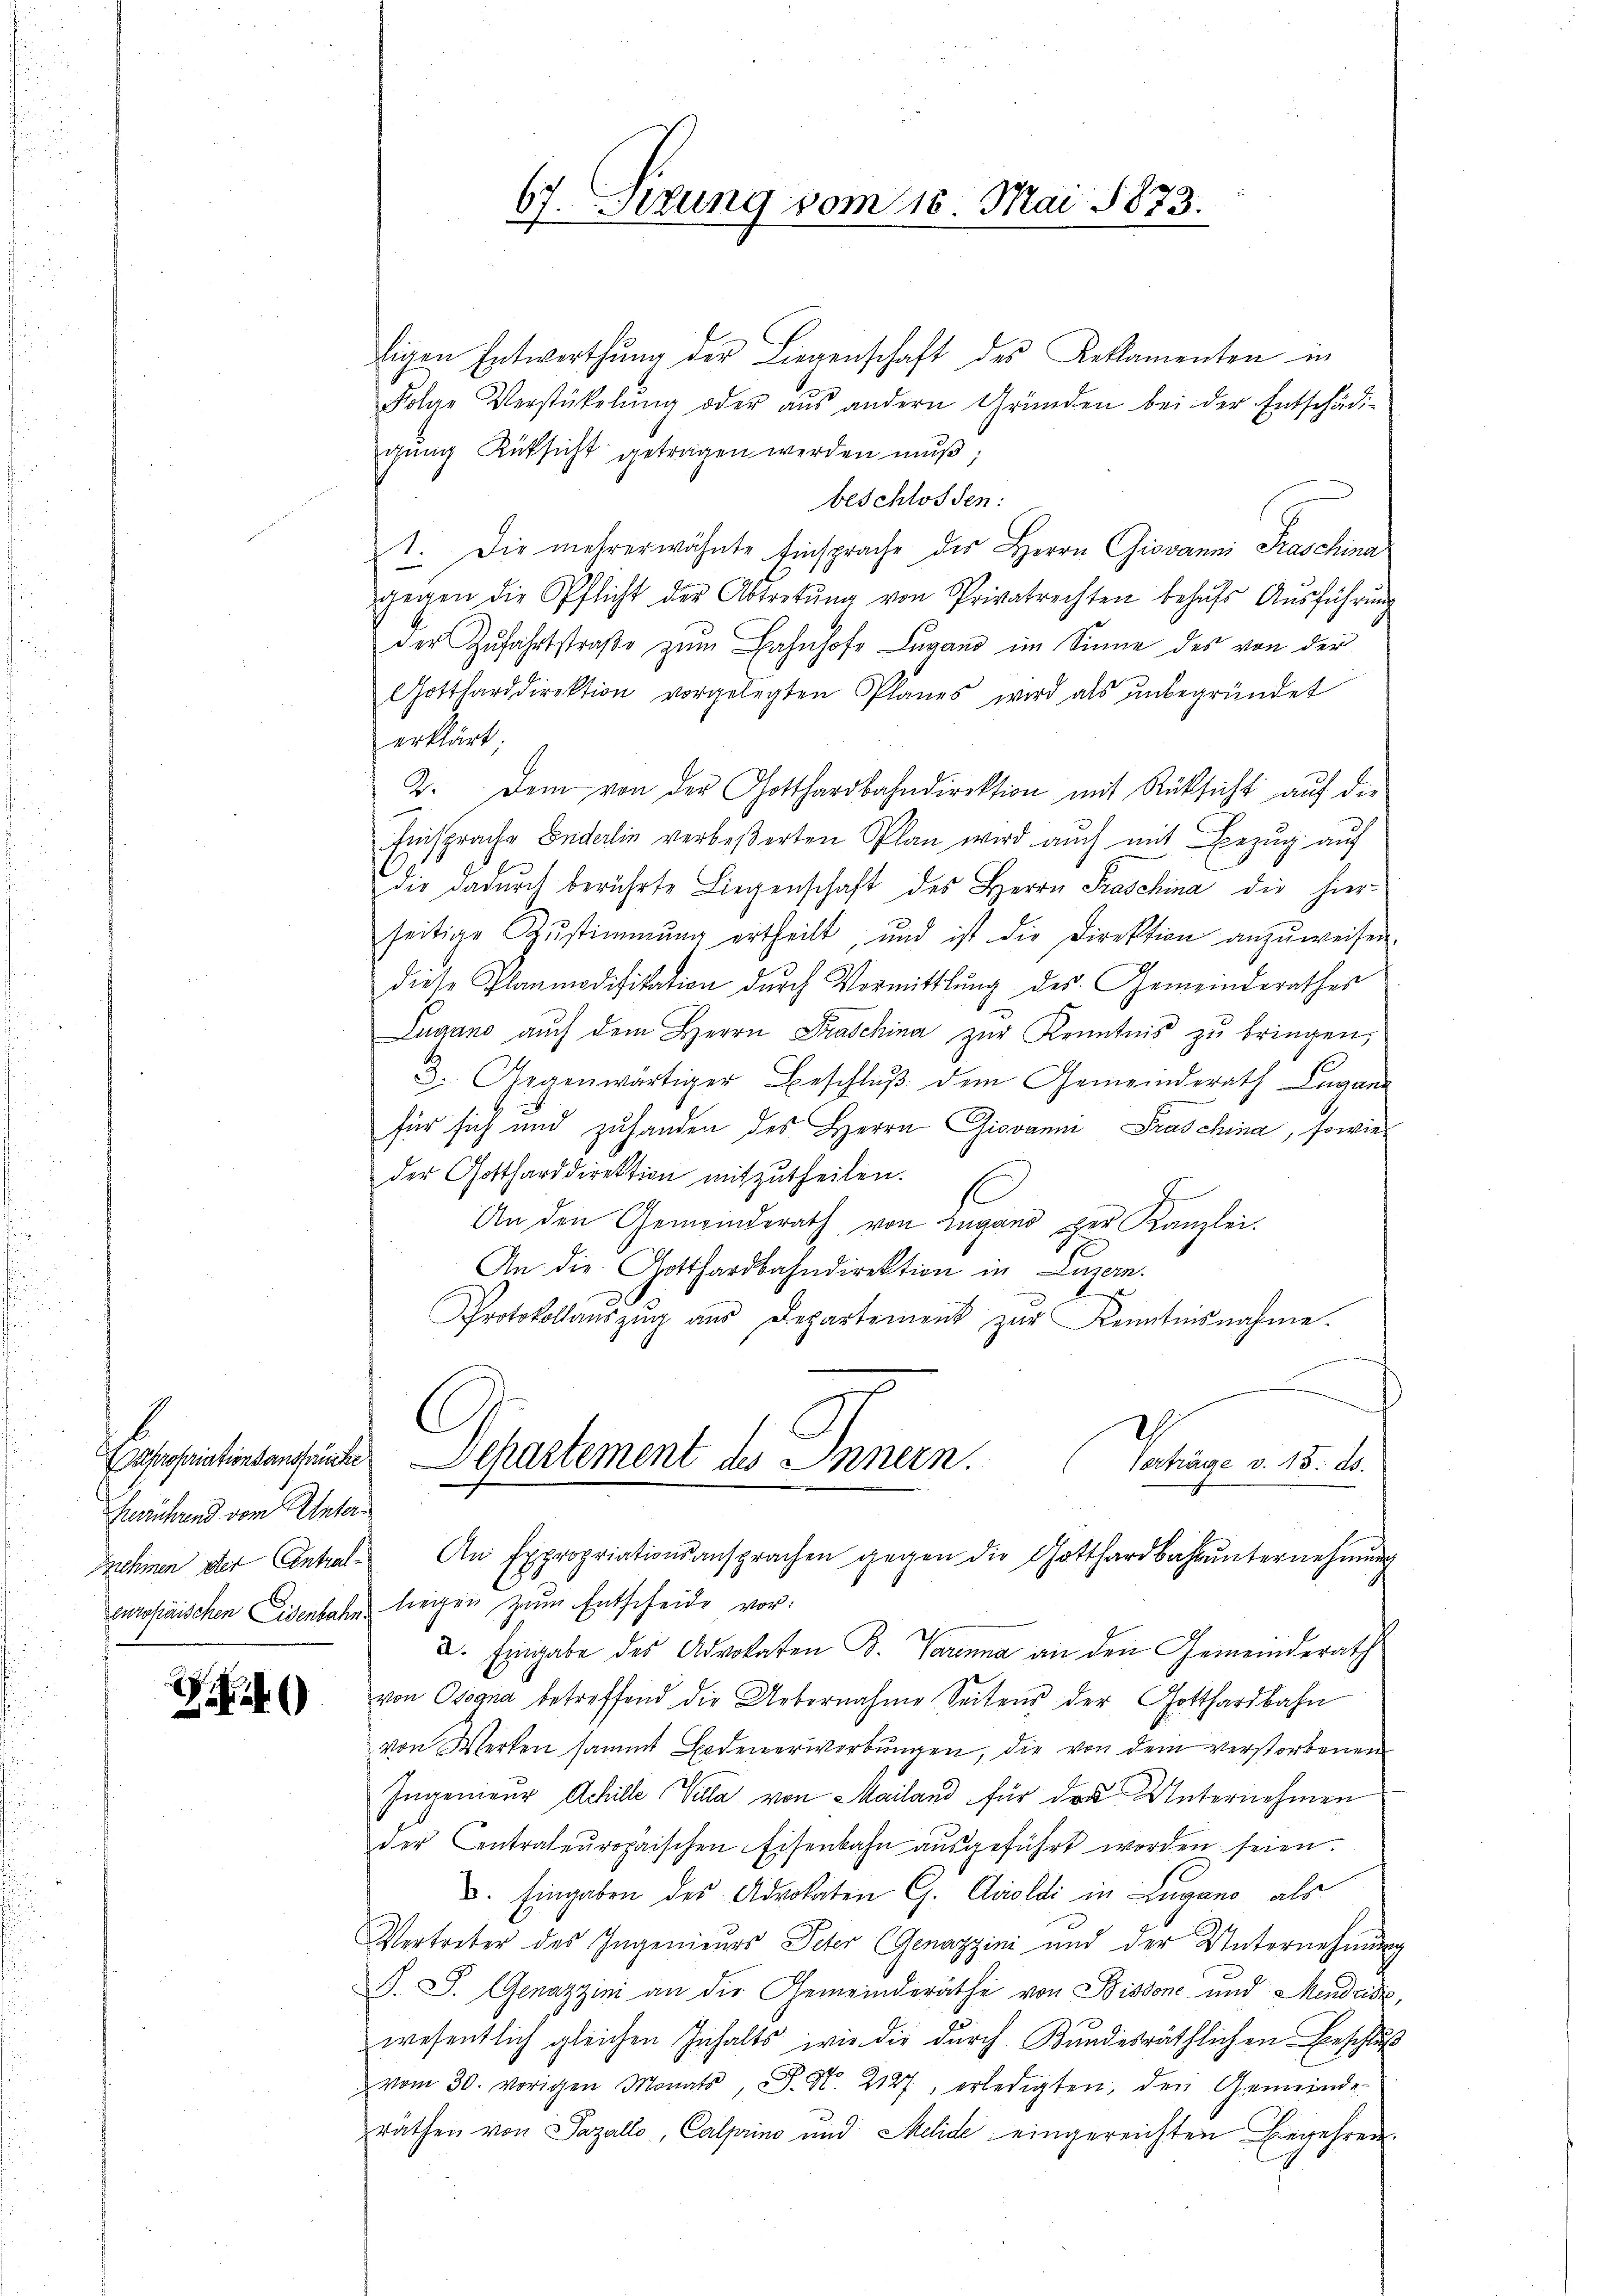
Zerrührend vom Unter

)

ligen Entwerthŭng der Liegenschaft des Reklamenten in
Folas Verstükelŭng oder aŭs andern Gründen bei der Entschädi-
gŭng Rüksicht getragen werden mŭβ,
beschlossen:
1. Die mehrerwähnte Einsprache des Herrn Giovanni Fraschina
gegen die Pflicht der Abtretŭng von Privatrechten behŭfs Aŭsführŭng
der Zufahrtstraße zum Bahnhofe Lugano im Sinne des von der
Gottharddirektion vorgelegten Planes wird als unbegründet
erklärt;
2. Dem von der Gotthardbahndirektion mit Rüksicht aŭf die
Einsprache Enderlin verbeßerten Plan wird auch mit Bezug auf
die dadurch berührte Liegenschaft des Herrn Praschina die hierseitige Zŭstimmung ertheilt, und ist die Direktion anzŭweisen.
diese Planmodifikation dŭrch Vormittlung des Gemeinderathes
Lugano auch dem Herrn Praschina zŭr Kenntnis zu bringen,
3. Gegenwärtiger Beschlŭβ dem Gemeinderath Lugan
für sich und zuhanden des Herrn Giovanni Praschina, sowie
der Gottharddirektion mitzutheilen.
f
An den Gemeinderath von Lugano per Kanzlei.
An die Gotthardbahndirektion in Luzern.
x
Protokollaŭszŭg aŭs Departement zŭr Kenntnisnahme.
h
Cassariationsangende Departement des Innern.
Vertrage v. 15. d.
.
nehmen der Antral- An Expropriationsansprachen gegen die Gotthardbahnŭnternehmung
Europäischen Eisenbahn liegen zum Entscheide vor:
2. Eingabe des Advokaten B. Parenna an den Gemeinderath
von Osegna betreffend die Uebernahme Seitens der Gotthardbahn
von Werken sammt Bodenerwerbungen, die von dem verstorbenen
Ingenieur Achille Villa von Mailand für der Unternehmen
der Centrateŭropaischen Eisenbahn aŭsgeführt worden seien.
u. Eingaben des Advokaten G. Croldi in Lugano als
Vertreter des Ingenieurs Peter Genazzini und der Unternehmung
J. J. Genazzini an die Gemeinderäthe von Bissone und Mendrisi,
wesentlich gleichen Inhalts, wie die durch Bundesräthlichen Beschluß
vom 30. vorigen Monats, S. No. 2127 erledigten, den Gemeinde-
räthen von Pazallo, Calprino und Melide eingereichten Eingehren.

67. Sizung vom 15. Mai 1873.